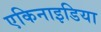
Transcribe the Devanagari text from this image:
एकिनाइडिया